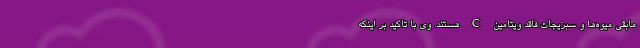
مابقی میوه‌ها و سبزیجات فاقد ویتامین C هستند. وی با تاکید بر اینکه